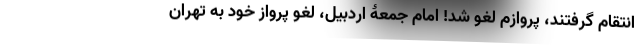
انتقام گرفتند، پروازم لغو شد! امام جمعۀ اردبیل، لغو پرواز خود به تهران